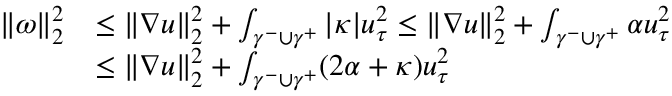
\begin{array} { r l } { \| \omega \| _ { 2 } ^ { 2 } } & { \leq \| \nabla u \| _ { 2 } ^ { 2 } + \int _ { \gamma ^ { - } \cup \gamma ^ { + } } | \kappa | u _ { \tau } ^ { 2 } \leq \| \nabla u \| _ { 2 } ^ { 2 } + \int _ { \gamma ^ { - } \cup \gamma ^ { + } } \alpha u _ { \tau } ^ { 2 } } \\ & { \leq \| \nabla u \| _ { 2 } ^ { 2 } + \int _ { \gamma ^ { - } \cup \gamma ^ { + } } ( 2 \alpha + \kappa ) u _ { \tau } ^ { 2 } } \end{array}